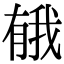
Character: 𪱤